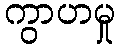
ကွာဟမှု